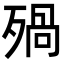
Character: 𣨱